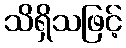
သိရှိသဖြင့်